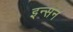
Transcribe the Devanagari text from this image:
इन्सन